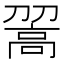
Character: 𩫉